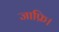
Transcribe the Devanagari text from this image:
जाफ्रि।